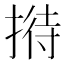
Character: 𢱜